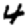
Digit: 4